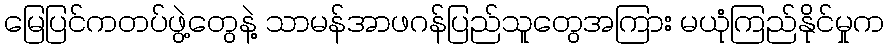
မြေပြင်ကတပ်ဖွဲ့တွေနဲ့ သာမန်အာဖဂန်ပြည်သူတွေအကြား မယုံကြည်နိုင်မှုက